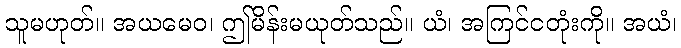
သူမဟုတ်။ အယမေဝ၊ ဤမိန်းမယုတ်သည်။ ယံ၊ အကြင်ငတုံးကို။ အယံ၊